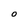
Character: 0